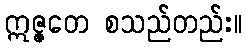
ဣဇ္ဇတေ စသည်တည်း။